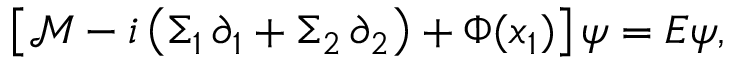
\begin{array} { r } { \left[ \mathcal { M } - i \left( \Sigma _ { 1 } \, \partial _ { 1 } + \Sigma _ { 2 } \, \partial _ { 2 } \right) + \Phi ( x _ { 1 } ) \right] \psi = E \psi , } \end{array}